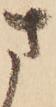
さ